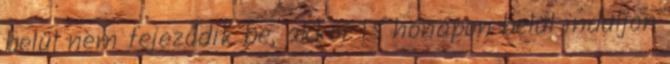
belül nem fejeződik be, akkor 15 hónapon belül induljon